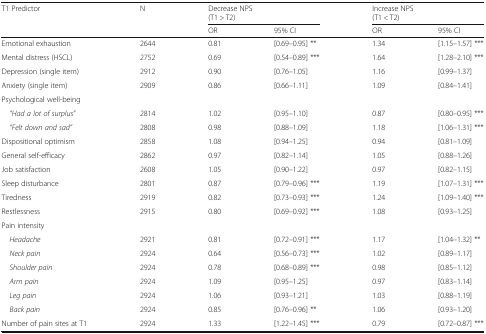
<table><thead><tr><td rowspan="2"><b>T1 Predictor</b></td><td rowspan="2"><b>N</b></td><td colspan="2"><b>Decrease NPS(T1 &gt; T2)</b></td><td colspan="2"><b>Increase NPS(T1 &lt; T2)</b></td></tr><tr><td><b>OR</b></td><td><b>95% CI</b></td><td><b>OR</b></td><td><b>95% CI</b></td></tr></thead><tbody><tr><td>Emotional exhaustion</td><td>2644</td><td>0.81</td><td>[0.69–0.95] **</td><td>1.34</td><td>[1.15–1.57] ***</td></tr><tr><td>Mental distress (HSCL)</td><td>2752</td><td>0.69</td><td>[0.54–0.89] ***</td><td>1.64</td><td>[1.28–2.10] ***</td></tr><tr><td>Depression (single item)</td><td>2912</td><td>0.90</td><td>[0.76–1.05]</td><td>1.16</td><td>[0.99–1.37]</td></tr><tr><td>Anxiety (single item)</td><td>2909</td><td>0.86</td><td>[0.66–1.11]</td><td>1.09</td><td>[0.84–1.41]</td></tr><tr><td colspan="6">Psychological well-being</td></tr><tr><td> <i>“Had a lot of surplus”</i></td><td>2814</td><td>1.02</td><td>[0.95–1.10]</td><td>0.87</td><td>[0.80–0.95] ***</td></tr><tr><td> <i>“Felt down and sad”</i></td><td>2808</td><td>0.98</td><td>[0.88–1.09]</td><td>1.18</td><td>[1.06–1.31] ***</td></tr><tr><td>Dispositional optimism</td><td>2858</td><td>1.08</td><td>[0.94–1.25]</td><td>0.94</td><td>[0.81–1.09]</td></tr><tr><td>General self-efficacy</td><td>2862</td><td>0.97</td><td>[0.82–1.14]</td><td>1.05</td><td>[0.88–1.26]</td></tr><tr><td>Job satisfaction</td><td>2608</td><td>1.05</td><td>[0.90–1.22]</td><td>0.97</td><td>[0.82–1.15]</td></tr><tr><td>Sleep disturbance</td><td>2801</td><td>0.87</td><td>[0.79–0.96] ***</td><td>1.19</td><td>[1.07–1.31] ***</td></tr><tr><td>Tiredness</td><td>2919</td><td>0.82</td><td>[0.73–0.93] ***</td><td>1.24</td><td>[1.09–1.40] ***</td></tr><tr><td>Restlessness</td><td>2915</td><td>0.80</td><td>[0.69–0.92] ***</td><td>1.08</td><td>[0.93–1.25]</td></tr><tr><td colspan="6">Pain intensity</td></tr><tr><td> <i>Headache</i></td><td>2921</td><td>0.81</td><td>[0.72–0.91] ***</td><td>1.17</td><td>[1.04–1.32] **</td></tr><tr><td> <i>Neck pain</i></td><td>2924</td><td>0.64</td><td>[0.56–0.73] ***</td><td>1.02</td><td>[0.89–1.17]</td></tr><tr><td> <i>Shoulder pain</i></td><td>2924</td><td>0.78</td><td>[0.68–0.89] ***</td><td>0.98</td><td>[0.85–1.12]</td></tr><tr><td> <i>Arm pain</i></td><td>2924</td><td>1.09</td><td>[0.95–1.25]</td><td>0.97</td><td>[0.83–1.14]</td></tr><tr><td> <i>Leg pain</i></td><td>2924</td><td>1.06</td><td>[0.93–1.21]</td><td>1.03</td><td>[0.88–1.19]</td></tr><tr><td> <i>Back pain</i></td><td>2924</td><td>0.85</td><td>[0.76–0.96] **</td><td>1.06</td><td>[0.93–1.20]</td></tr><tr><td>Number of pain sites at T1</td><td>2924</td><td>1.33</td><td>[1.22–1.45] ***</td><td>0.79</td><td>[0.72–0.87] ***</td></tr></tbody></table>